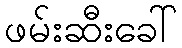
ဖမ်းဆီးခေါ်